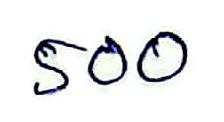
500